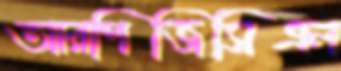
আরপিজিসিএল